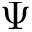
\Psi